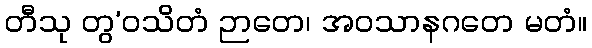
တီသု တွ’ဝသိတံ ဉာတေ၊ အဝသာနဂတေ မတံ။